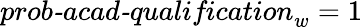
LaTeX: \textit{prob-acad-qualification}_{w}=1